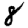
Digit: 8